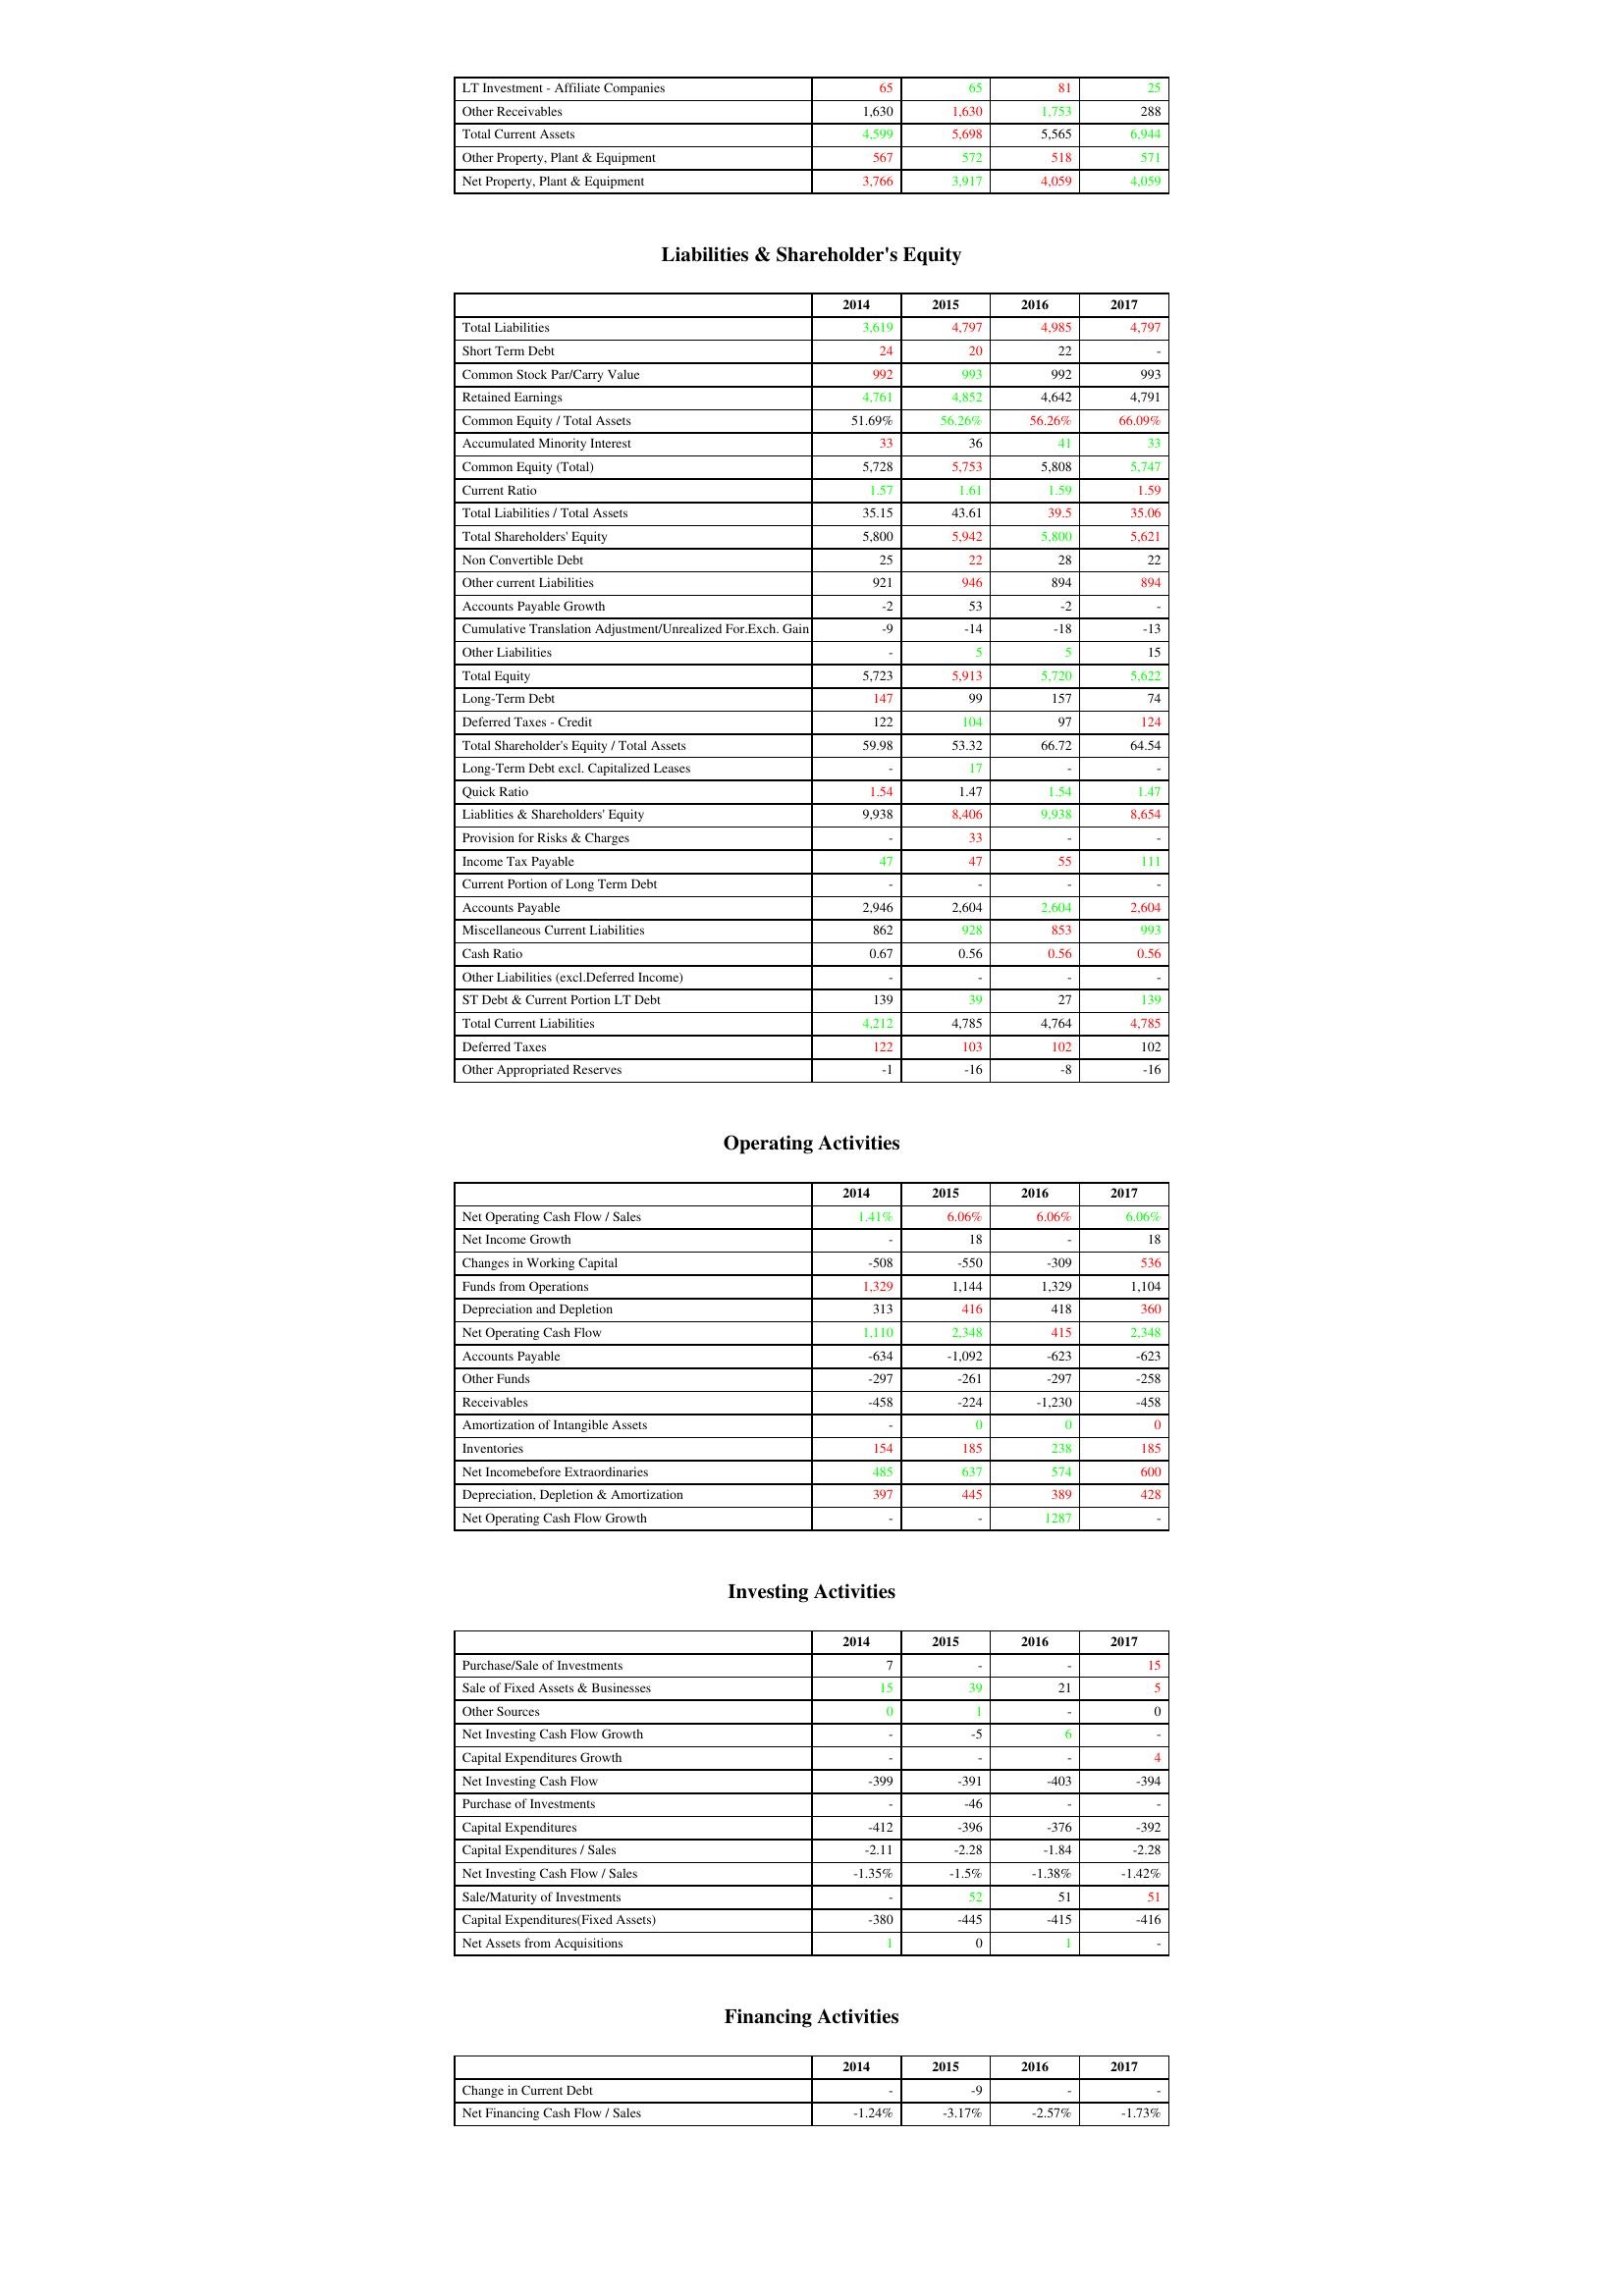
gt_parse: 2014: Assets: LT Investment - Affiliate Companies: 65
Other Receivables: 1,630
Total Current Assets: 4,599
Other Property, Plant & Equipment: 567
Net Property, Plant & Equipment: 3,766
Liabilities & Shareholder's Equity: Total Liabilities: 3,619
Short Term Debt: 24
Common Stock Par/Carry Value: 992
Retained Earnings: 4,761
Common Equity / Total Assets: 51.69%
Accumulated Minority Interest: 33
Common Equity (Total): 5,728
Current Ratio: 1.57
Total Liabilities / Total Assets: 35.15
Total Shareholders' Equity: 5,800
Non Convertible Debt: 25
Other current Liabilities: 921
Accounts Payable Growth: -2
Cumulative Translation Adjustment/Unrealized For.Exch. Gain: -9
Other Liabilities: -
Total Equity: 5,723
Long-Term Debt: 147
Deferred Taxes - Credit: 122
Total Shareholder's Equity / Total Assets: 59.98
Long-Term Debt excl. Capitalized Leases: -
Quick Ratio: 1.54
Liablities & Shareholders' Equity: 9,938
Provision for Risks & Charges: -
Income Tax Payable: 47
Current Portion of Long Term Debt: -
Accounts Payable: 2,946
Miscellaneous Current Liabilities: 862
Cash Ratio: 0.67
Other Liabilities (excl.Deferred Income): -
ST Debt & Current Portion LT Debt: 139
Total Current Liabilities: 4,212
Deferred Taxes: 122
Other Appropriated Reserves: -1
Operating Activities: Net Operating Cash Flow / Sales: 1.41%
Net Income Growth: -
Changes in Working Capital: -508
Funds from Operations: 1,329
Depreciation and Depletion: 313
Net Operating Cash Flow: 1,110
Accounts Payable: -634
Other Funds: -297
Receivables: -458
Amortization of Intangible Assets: -
Inventories: 154
Net Incomebefore Extraordinaries: 485
Depreciation, Depletion & Amortization: 397
Net Operating Cash Flow Growth: -
Investing Activities: Purchase/Sale of Investments: 7
Sale of Fixed Assets & Businesses: 15
Other Sources: 0
Net Investing Cash Flow Growth: -
Capital Expenditures Growth: -
Net Investing Cash Flow: -399
Purchase of Investments: -
Capital Expenditures: -412
Capital Expenditures / Sales: -2.11
Net Investing Cash Flow / Sales: -1.35%
Sale/Maturity of Investments: -
Capital Expenditures(Fixed Assets): -380
Net Assets from Acquisitions: 1
Financing Activities: Change in Current Debt: -
Net Financing Cash Flow / Sales: -1.24%
2015: Assets: LT Investment - Affiliate Companies: 65
Other Receivables: 1,630
Total Current Assets: 5,698
Other Property, Plant & Equipment: 572
Net Property, Plant & Equipment: 3,917
Liabilities & Shareholder's Equity: Total Liabilities: 4,797
Short Term Debt: 20
Common Stock Par/Carry Value: 993
Retained Earnings: 4,852
Common Equity / Total Assets: 56.26%
Accumulated Minority Interest: 36
Common Equity (Total): 5,753
Current Ratio: 1.61
Total Liabilities / Total Assets: 43.61
Total Shareholders' Equity: 5,942
Non Convertible Debt: 22
Other current Liabilities: 946
Accounts Payable Growth: 53
Cumulative Translation Adjustment/Unrealized For.Exch. Gain: -14
Other Liabilities: 5
Total Equity: 5,913
Long-Term Debt: 99
Deferred Taxes - Credit: 104
Total Shareholder's Equity / Total Assets: 53.32
Long-Term Debt excl. Capitalized Leases: 17
Quick Ratio: 1.47
Liablities & Shareholders' Equity: 8,406
Provision for Risks & Charges: 33
Income Tax Payable: 47
Current Portion of Long Term Debt: -
Accounts Payable: 2,604
Miscellaneous Current Liabilities: 928
Cash Ratio: 0.56
Other Liabilities (excl.Deferred Income): -
ST Debt & Current Portion LT Debt: 39
Total Current Liabilities: 4,785
Deferred Taxes: 103
Other Appropriated Reserves: -16
Operating Activities: Net Operating Cash Flow / Sales: 6.06%
Net Income Growth: 18
Changes in Working Capital: -550
Funds from Operations: 1,144
Depreciation and Depletion: 416
Net Operating Cash Flow: 2,348
Accounts Payable: -1,092
Other Funds: -261
Receivables: -224
Amortization of Intangible Assets: 0
Inventories: 185
Net Incomebefore Extraordinaries: 637
Depreciation, Depletion & Amortization: 445
Net Operating Cash Flow Growth: -
Investing Activities: Purchase/Sale of Investments: -
Sale of Fixed Assets & Businesses: 39
Other Sources: 1
Net Investing Cash Flow Growth: -5
Capital Expenditures Growth: -
Net Investing Cash Flow: -391
Purchase of Investments: -46
Capital Expenditures: -396
Capital Expenditures / Sales: -2.28
Net Investing Cash Flow / Sales: -1.5%
Sale/Maturity of Investments: 52
Capital Expenditures(Fixed Assets): -445
Net Assets from Acquisitions: 0
Financing Activities: Change in Current Debt: -9
Net Financing Cash Flow / Sales: -3.17%
2016: Assets: LT Investment - Affiliate Companies: 81
Other Receivables: 1,753
Total Current Assets: 5,565
Other Property, Plant & Equipment: 518
Net Property, Plant & Equipment: 4,059
Liabilities & Shareholder's Equity: Total Liabilities: 4,985
Short Term Debt: 22
Common Stock Par/Carry Value: 992
Retained Earnings: 4,642
Common Equity / Total Assets: 56.26%
Accumulated Minority Interest: 41
Common Equity (Total): 5,808
Current Ratio: 1.59
Total Liabilities / Total Assets: 39.5
Total Shareholders' Equity: 5,800
Non Convertible Debt: 28
Other current Liabilities: 894
Accounts Payable Growth: -2
Cumulative Translation Adjustment/Unrealized For.Exch. Gain: -18
Other Liabilities: 5
Total Equity: 5,720
Long-Term Debt: 157
Deferred Taxes - Credit: 97
Total Shareholder's Equity / Total Assets: 66.72
Long-Term Debt excl. Capitalized Leases: -
Quick Ratio: 1.54
Liablities & Shareholders' Equity: 9,938
Provision for Risks & Charges: -
Income Tax Payable: 55
Current Portion of Long Term Debt: -
Accounts Payable: 2,604
Miscellaneous Current Liabilities: 853
Cash Ratio: 0.56
Other Liabilities (excl.Deferred Income): -
ST Debt & Current Portion LT Debt: 27
Total Current Liabilities: 4,764
Deferred Taxes: 102
Other Appropriated Reserves: -8
Operating Activities: Net Operating Cash Flow / Sales: 6.06%
Net Income Growth: -
Changes in Working Capital: -309
Funds from Operations: 1,329
Depreciation and Depletion: 418
Net Operating Cash Flow: 415
Accounts Payable: -623
Other Funds: -297
Receivables: -1,230
Amortization of Intangible Assets: 0
Inventories: 238
Net Incomebefore Extraordinaries: 574
Depreciation, Depletion & Amortization: 389
Net Operating Cash Flow Growth: 1287
Investing Activities: Purchase/Sale of Investments: -
Sale of Fixed Assets & Businesses: 21
Other Sources: -
Net Investing Cash Flow Growth: 6
Capital Expenditures Growth: -
Net Investing Cash Flow: -403
Purchase of Investments: -
Capital Expenditures: -376
Capital Expenditures / Sales: -1.84
Net Investing Cash Flow / Sales: -1.38%
Sale/Maturity of Investments: 51
Capital Expenditures(Fixed Assets): -415
Net Assets from Acquisitions: 1
Financing Activities: Change in Current Debt: -
Net Financing Cash Flow / Sales: -2.57%
2017: Assets: LT Investment - Affiliate Companies: 25
Other Receivables: 288
Total Current Assets: 6,944
Other Property, Plant & Equipment: 571
Net Property, Plant & Equipment: 4,059
Liabilities & Shareholder's Equity: Total Liabilities: 4,797
Short Term Debt: -
Common Stock Par/Carry Value: 993
Retained Earnings: 4,791
Common Equity / Total Assets: 66.09%
Accumulated Minority Interest: 33
Common Equity (Total): 5,747
Current Ratio: 1.59
Total Liabilities / Total Assets: 35.06
Total Shareholders' Equity: 5,621
Non Convertible Debt: 22
Other current Liabilities: 894
Accounts Payable Growth: -
Cumulative Translation Adjustment/Unrealized For.Exch. Gain: -13
Other Liabilities: 15
Total Equity: 5,622
Long-Term Debt: 74
Deferred Taxes - Credit: 124
Total Shareholder's Equity / Total Assets: 64.54
Long-Term Debt excl. Capitalized Leases: -
Quick Ratio: 1.47
Liablities & Shareholders' Equity: 8,654
Provision for Risks & Charges: -
Income Tax Payable: 111
Current Portion of Long Term Debt: -
Accounts Payable: 2,604
Miscellaneous Current Liabilities: 993
Cash Ratio: 0.56
Other Liabilities (excl.Deferred Income): -
ST Debt & Current Portion LT Debt: 139
Total Current Liabilities: 4,785
Deferred Taxes: 102
Other Appropriated Reserves: -16
Operating Activities: Net Operating Cash Flow / Sales: 6.06%
Net Income Growth: 18
Changes in Working Capital: 536
Funds from Operations: 1,104
Depreciation and Depletion: 360
Net Operating Cash Flow: 2,348
Accounts Payable: -623
Other Funds: -258
Receivables: -458
Amortization of Intangible Assets: 0
Inventories: 185
Net Incomebefore Extraordinaries: 600
Depreciation, Depletion & Amortization: 428
Net Operating Cash Flow Growth: -
Investing Activities: Purchase/Sale of Investments: 15
Sale of Fixed Assets & Businesses: 5
Other Sources: 0
Net Investing Cash Flow Growth: -
Capital Expenditures Growth: 4
Net Investing Cash Flow: -394
Purchase of Investments: -
Capital Expenditures: -392
Capital Expenditures / Sales: -2.28
Net Investing Cash Flow / Sales: -1.42%
Sale/Maturity of Investments: 51
Capital Expenditures(Fixed Assets): -416
Net Assets from Acquisitions: -
Financing Activities: Change in Current Debt: -
Net Financing Cash Flow / Sales: -1.73%